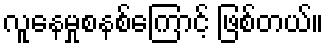
လူနေမှုစနစ်ကြောင့် ဖြစ်တယ်။